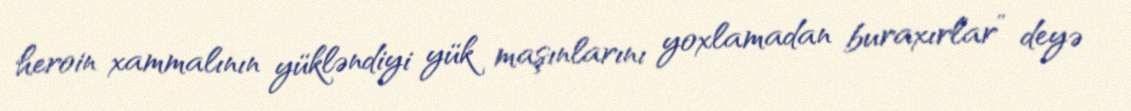
heroin xammalının yükləndiyi yük maşınlarını yoxlamadan buraxırlar” deyə